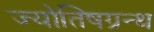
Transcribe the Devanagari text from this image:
ज्योतिषग्रन्थ